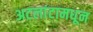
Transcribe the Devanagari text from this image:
अटलांटामधून